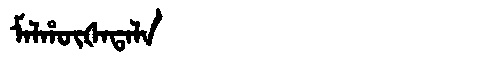
Manchu: ᠮᠠᠯᡥᡡᡧᠠᡨᠠᠯᠠ
Romanization: MALHŪŠATALA